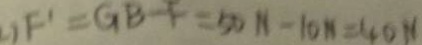
) F ^ { \prime } = G B - F = 5 0 N - 1 0 N = 4 0 N